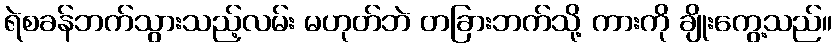
ရဲစခန်ဘက်သွားသည့်လမ်း မဟုတ်ဘဲ တခြားဘက်သို့ ကားကို ချိုးကွေ့သည်။